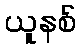
ယူနစ်